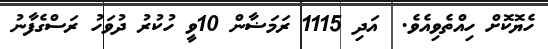
ހެޔޮކޮށް ހިއްތެވިއެވެ.  އަދި 1115 ރަމަޟާން 10ވީ ހުކުރު ދުވަހު ރަސްގެފާނު